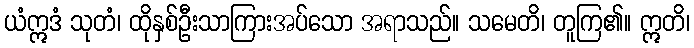
ယံဣဒံ သုတံ၊ ထိုနှစ်ဦးသာကြားအပ်သော အရာသည်။ သမေတိ၊ တူကြ၏။ ဣတိ၊